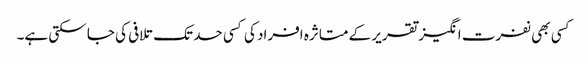
کسی بھی نفرت انگیز تقریر کے متاثرہ افراد کی کسی حد تک تلافی کی جا سکتی ہے۔